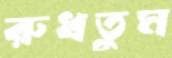
রুধতুম